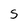
Character: S